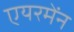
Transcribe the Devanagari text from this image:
एयरमेंन